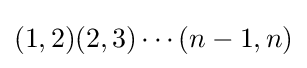
(1,2)(2,3)\cdots (n-1,n)